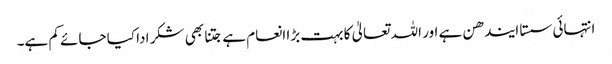
انتہائی سستا ایندھن ہے اور اللہ تعالیٰ کا بہت بڑا انعام ہے جتنا بھی شکر ادا کیا جائے کم ہے۔